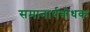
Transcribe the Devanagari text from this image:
समानार्थबोधक